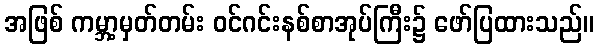
အဖြစ် ကမ္ဘာ့မှတ်တမ်း ဝင်ဂင်းနစ်စာအုပ်ကြီး၌ ဖော်ပြထားသည်။